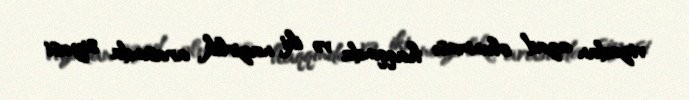
vizadan azad olunması haqqında və iki nazirlik arasında siyasi